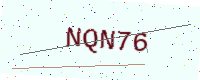
Text: NQN76